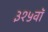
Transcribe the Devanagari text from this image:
३१५वॉ